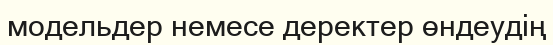
модельдер немесе деректер өндеудің